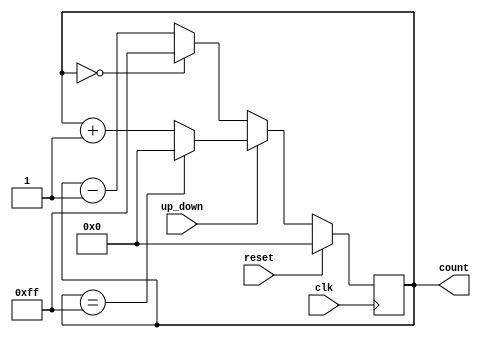
module UpDownCounter (
    input clk,
    input reset,
    input up_down,
    output reg [7:0] count
);

always @(posedge clk) begin
    if (reset) begin
        count <= 8'b0;
    end else begin
        if (up_down) begin
            if (count == 8'b11111111) begin
                count <= 8'b0;
            end else begin
                count <= count + 1;
            end
        end else begin
            if (count == 8'b00000000) begin
                count <= 8'b11111111;
            end else begin
                count <= count - 1;
            end
        end
    end
end

endmodule